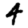
Digit: 4